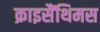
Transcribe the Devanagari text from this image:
क्राइसैंथिमस